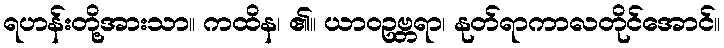
ရဟန်းတို့အားသာ။ ကထိန၊ ၏။ ယာဝဥဗ္ဘရာ၊ နုတ်ရာကာလတိုင်အောင်။